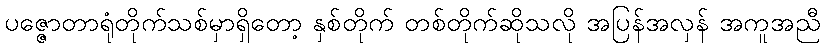
ပဇ္ဇောတာရုံတိုက်သစ်မှာရှိတော့ နှစ်တိုက် တစ်တိုက်ဆိုသလို အပြန်အလှန် အကူအညီ